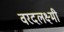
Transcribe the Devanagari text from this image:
वरदलक्ष्मी